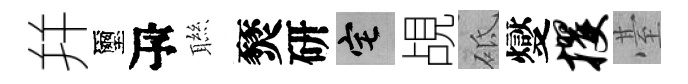
幷璽瓴聮燹研宅覘砥燮攫䑓